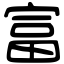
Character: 富